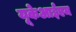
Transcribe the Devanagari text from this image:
यूकेआईएम